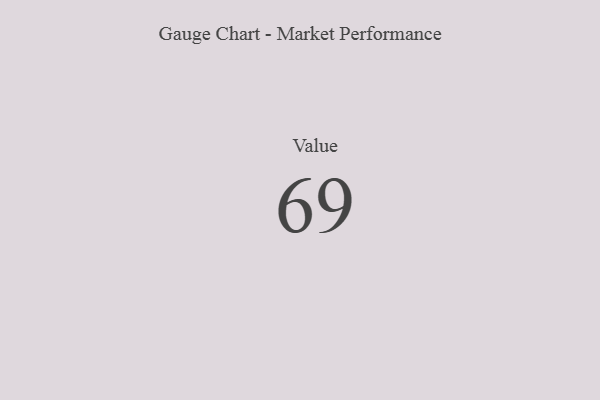
{"axis": {"x": "Metric", "y": "Value"}, "legend": [""], "data": [{"x": "Value", "y": 69, "type": ""}]}